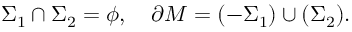
\Sigma _ { 1 } \cap \Sigma _ { 2 } = \phi , \quad \partial M = ( - \Sigma _ { 1 } ) \cup ( \Sigma _ { 2 } ) .